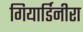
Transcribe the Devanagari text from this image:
गियार्डिनीरा